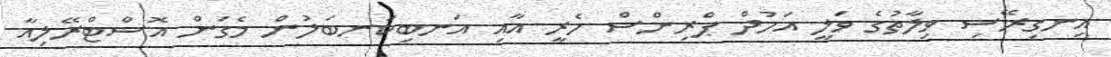
އިނގިރޭސި ވިލާތުގެ ވަލީ އަހުދް ޕްރިންސް ހެރީ އާއި އަނބިކަނބަލުން މެގަން އޮސްޓްރޭލިއާ